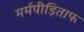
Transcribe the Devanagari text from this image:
मर्मपीड़िताफ